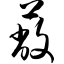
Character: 蔽